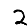
Digit: 2